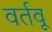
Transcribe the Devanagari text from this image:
वर्तवू